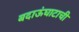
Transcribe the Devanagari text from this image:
बदाऊंघाटाची